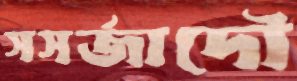
সসর্জাদৌ